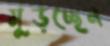
মুড়চ্ছেন